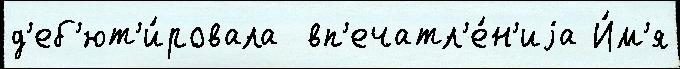
д'еб'ют'и́ровала  вп'ечатл'е́н'иjа И́м'я